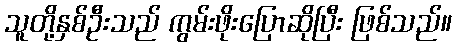
သူတို့နှစ်ဦးသည် ကွမ်းဖိုးပြောဆိုပြီး ဖြစ်သည်။